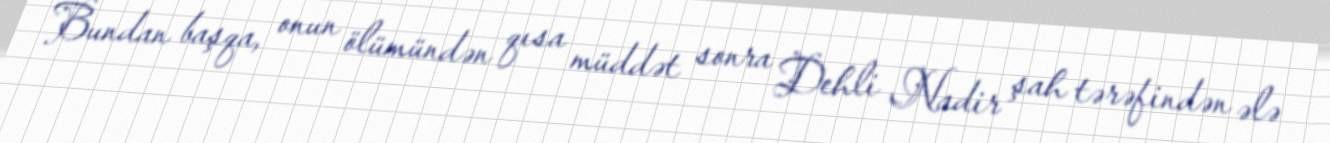
Bundan başqa, onun ölümündən qısa müddət sonra Dehli Nadir şah tərəfindən ələ